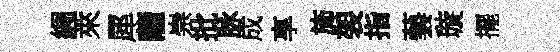
綢萊犀薩崇批脉成享斾袈指藝璇擺